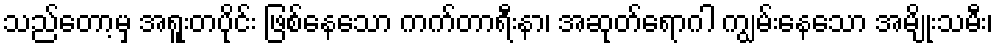
သည်တော့မှ အရူးတပိုင်း ဖြစ်နေသော ကက်တာရီးနာ၊ အဆုတ်ရောဂါ ကျွမ်းနေသော အမျိုးသမီး၊